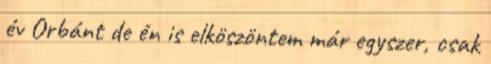
év Orbánt de én is elköszöntem már egyszer, csak